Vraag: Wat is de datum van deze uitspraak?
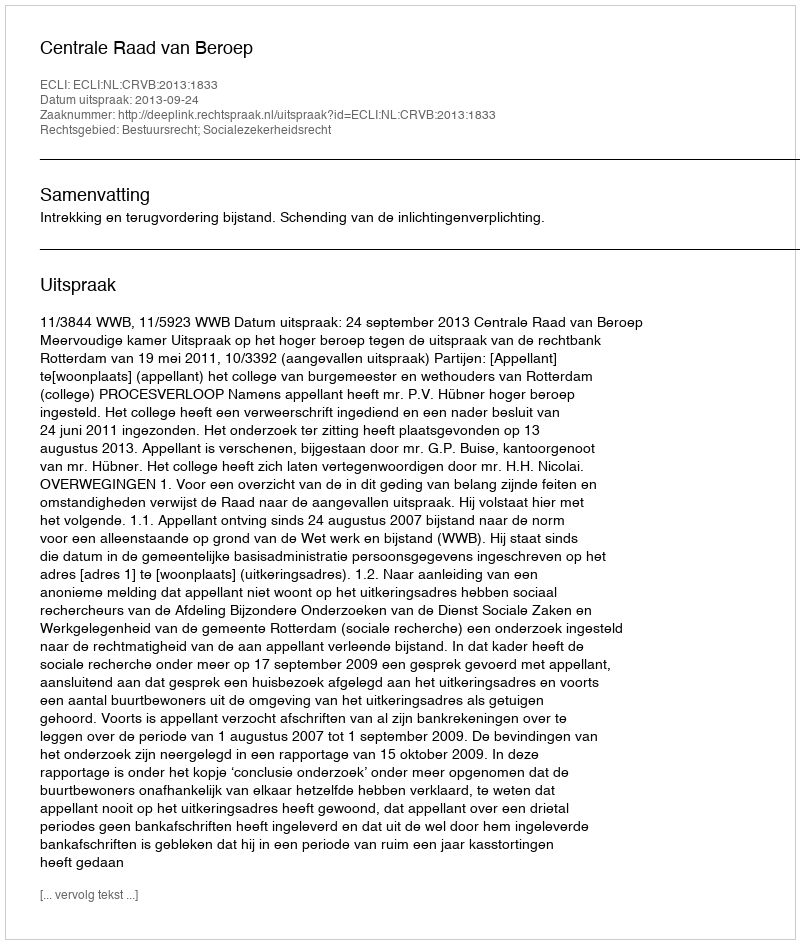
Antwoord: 2013-09-24